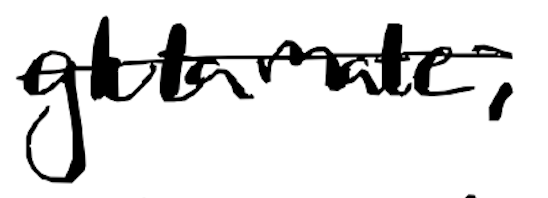
Text: glutamate,
Cross-out: single-line
Writing tool: digital_black